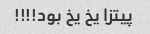
پیتزا یخ یخ بود!!!!